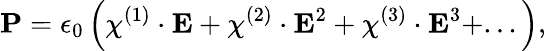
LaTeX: \mathbf{P}=\epsilon_{0}\left(\chi^{(1)}\cdot\mathbf{E}+\chi^{(2)}\cdot\mathbf{E}^{2}+\chi^{(3)}\cdot\mathbf{E}^{3}+...\right),